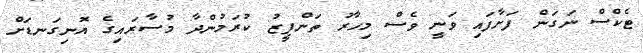
ޓެކްސް ނަގަން ފަށާފައި ވަނީ ވެސް މިހާރު ތަންފީޒު ކުރަމުންދާ މުސާރައިގެ އޮނިގަނޑަށް